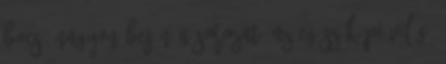
bocs. Nagyon bejön a sorozat, az egész képi világ,